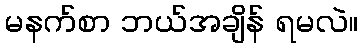
မနက်စာ ဘယ်အချိန် ရမလဲ။